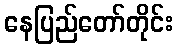
နေပြည်တော်တိုင်း